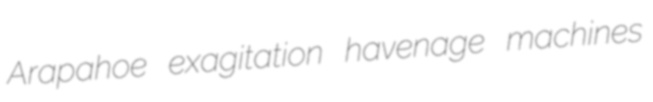
Arapahoe exagitation havenage machines